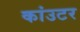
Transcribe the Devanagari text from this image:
कांउटर